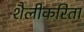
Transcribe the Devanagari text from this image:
शैलीकरिता